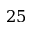
2 5